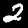
Digit: 2